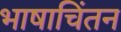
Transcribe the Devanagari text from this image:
भाषाचिंतन